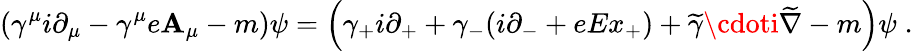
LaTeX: \left(\gamma^{\mu}i\partial_{\mu}-\gamma^{\mu}e\mathbf{A}_{\mu}-m\right)\psi=\left(\gamma_{+}i\partial_{+}+\gamma_{-}(i\partial_{-}+eEx_{+})+\widetilde{{\gamma}}\cdoti\widetilde{{\nabla}}-m\right)\psi\; .